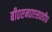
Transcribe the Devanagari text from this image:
बी०एन०एस०डी०